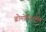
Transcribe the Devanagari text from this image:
ब्रोमोपेंटामिन